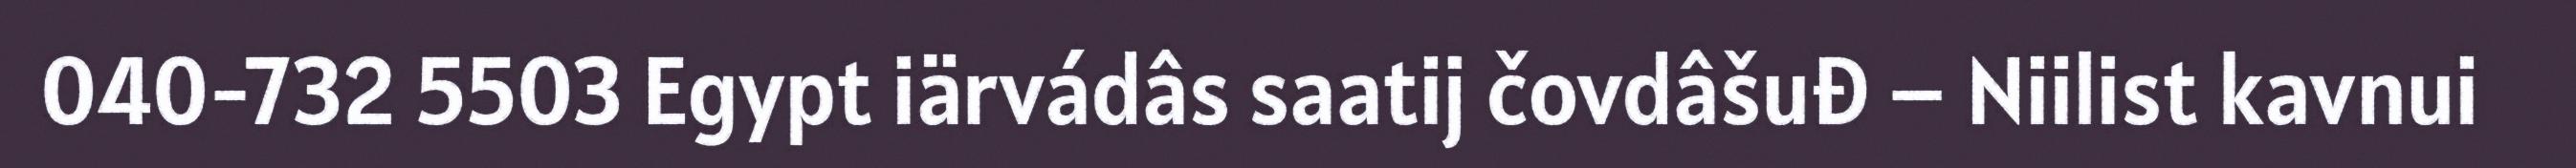
040-732 5503 Egypt iärvádâs saatij čovdâšuđ – Niilist kavnui